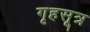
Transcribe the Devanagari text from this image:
गृहसूत्र